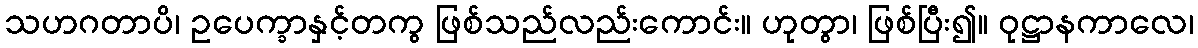
သဟဂတာပိ၊ ဥပေက္ခာနှင့်တကွ ဖြစ်သည်လည်းကောင်း။ ဟုတွာ၊ ဖြစ်ပြီး၍။ ဝုဋ္ဌာနကာလေ၊